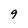
Character: 9